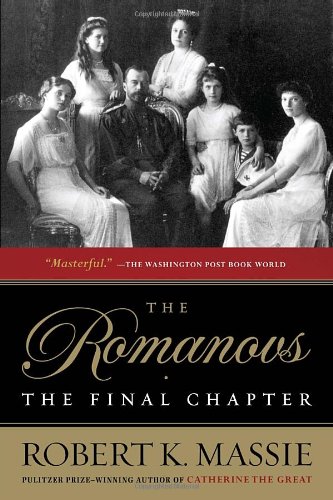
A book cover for The Romanovs: the Final Chapter; Robert K. Massie; Biographies & Memoirs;